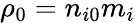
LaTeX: \rho_{0}=n_{i0}m_{i}